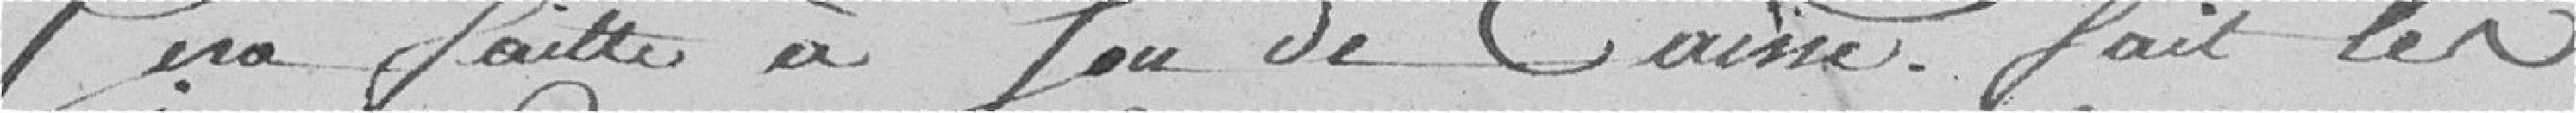
sera faite à son de caisse. Fait les